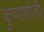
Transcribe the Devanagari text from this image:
कुणाशॊही